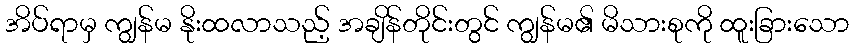
အိပ်ရာမှ ကျွန်မ နိုးထလာသည့် အချိန်တိုင်းတွင် ကျွန်မ၏ မိသားစုကို ထူးခြားသော